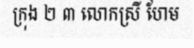
ក្រុង ២ ៣ លោកស្រី ហែម